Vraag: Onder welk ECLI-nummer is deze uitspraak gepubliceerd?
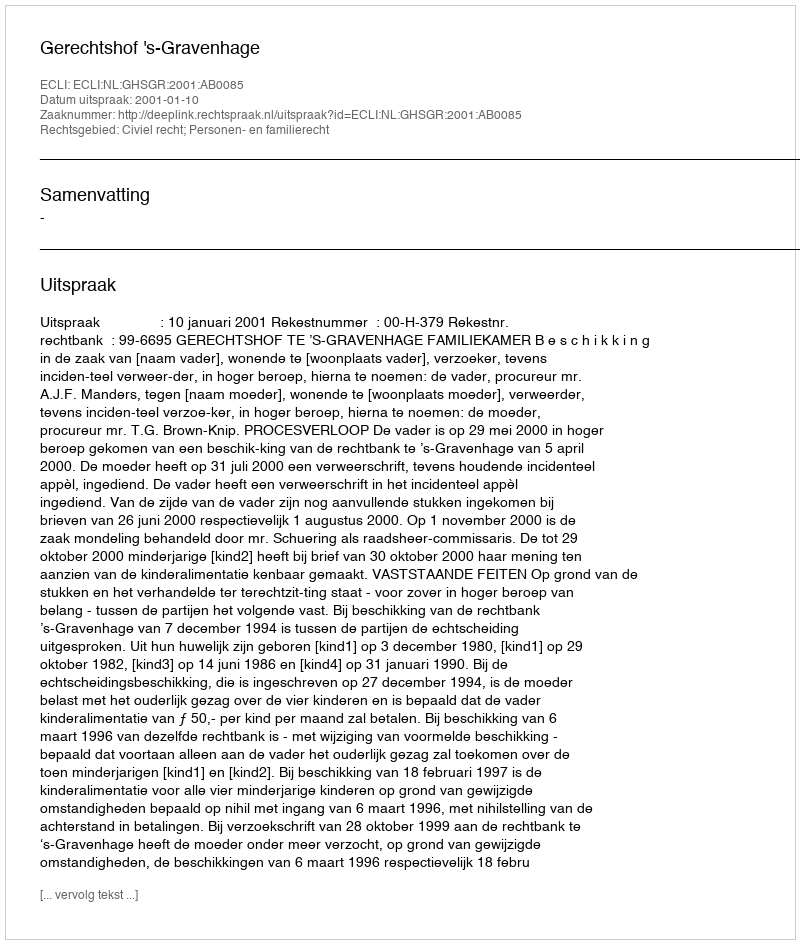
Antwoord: ECLI:NL:GHSGR:2001:AB0085